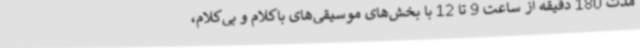
مدت 180 دقیقه از ساعت 9 تا 12 با بخش‌های موسیقی‌های باکلام و بی‌کلام،